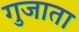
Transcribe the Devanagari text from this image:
गुजाता